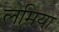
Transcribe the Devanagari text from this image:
लमिया